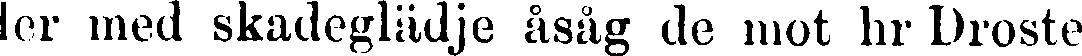
ler med skadeglädje åsåg de mot hr Droste